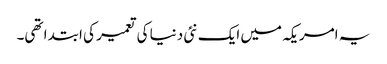
یہ امریکہ میں ایک نئی دنیا کی تعمیر کی ابتدا تھی۔